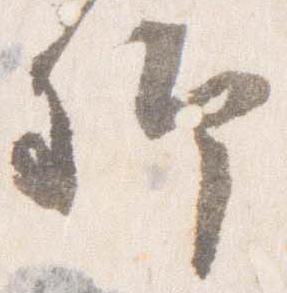
卿